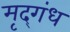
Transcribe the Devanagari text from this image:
मृद्‌गंध